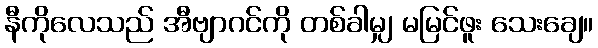
နီကိုလေသည် အီဗျာဂင်ကို တစ်ခါမျှ မမြင်ဖူး သေးချေ။